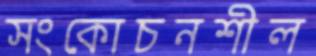
সংকোচনশীল